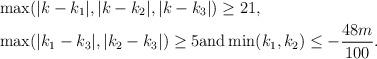
LaTeX: \begin{align*}& \max (|k-k_1|, |k- k_2|, |k-k_3|) \geq 21,\\& \max (|k_1 - k_3| , |k_2-k_3|) \geq 5 \mbox{and} \min (k_1,k_2) \leq -\frac{48m}{100}.\end{align*}